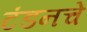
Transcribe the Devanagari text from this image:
टंडनचे